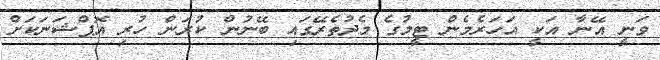
ވަނީ އޭނާ އަކީ އަހަރެމެން ޓީމުގެ މެދުތެރޭގައި ބޭނުން ކުރަން ހުރި އޮޕްޝަނަކަށް